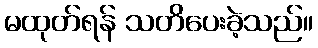
မထုတ်ရန် သတိပေးခဲ့သည်။